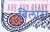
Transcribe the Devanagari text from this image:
बिलारा